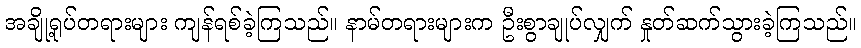
အချို့ရုပ်တရားများ ကျန်ရစ်ခဲ့ကြသည်။ နာမ်တရားများက ဦးစွာချုပ်လျှက် နှုတ်ဆက်သွားခဲ့ကြသည်။